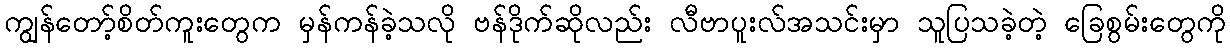
ကျွန်တော့်စိတ်ကူးတွေက မှန်ကန်ခဲ့သလို ဗန်ဒိုက်ဆိုလည်း လီဗာပူးလ်အသင်းမှာ သူပြသခဲ့တဲ့ ခြေစွမ်းတွေကို